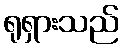
ရုရှားသည်